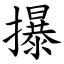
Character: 㩧